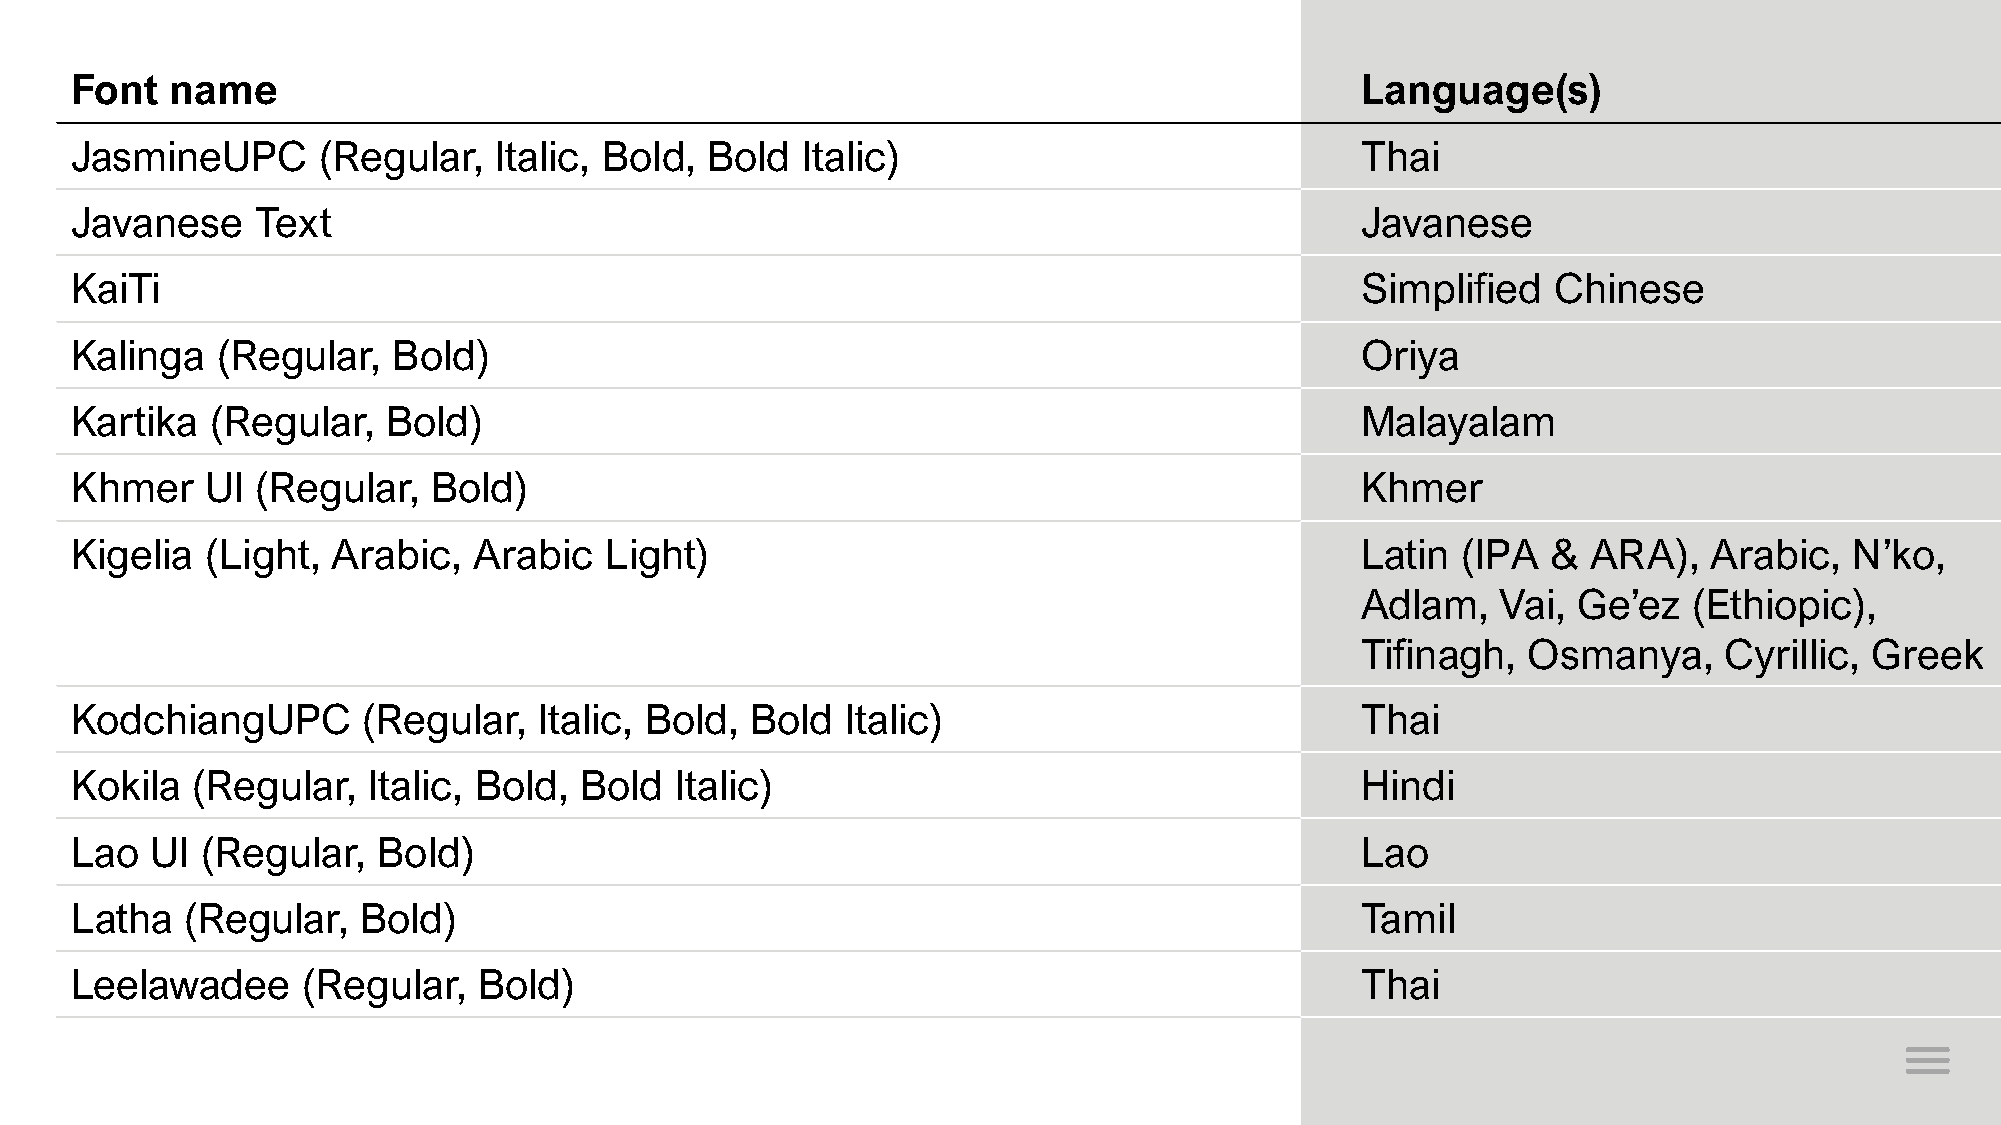
Font  name                                                                           Language(s)
 JasmineUPC      (Regular,   Italic, Bold, Bold  Italic)                              Thai
 Javanese    Text                                                                     Javanese
 KaiTi                                                                                Simplified   Chinese
 Kalinga  (Regular,   Bold)                                                           Oriya
 Kartika  (Regular,   Bold)                                                           Malayalam
 Khmer    UI (Regular,   Bold)                                                        Khmer
 Kigelia  (Light, Arabic,  Arabic   Light)                                            Latin  (IPA  & ARA),   Arabic,   N’ko,
 Adlam,   Vai, Ge’ez   (Ethiopic),
 Tifinagh,  Osmanya,     Cyrillic, Greek
 KodchiangUPC       (Regular,   Italic, Bold, Bold  Italic)                           Thai
 Kokila  (Regular,  Italic, Bold, Bold   Italic)                                      Hindi
 Lao  UI (Regular,   Bold)                                                            Lao
 Latha  (Regular,   Bold)                                                             Tamil
 Leelawadee     (Regular,   Bold)                                                     Thai